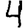
Digit: 4